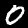
Digit: 0